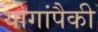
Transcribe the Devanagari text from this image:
योगांपैकी